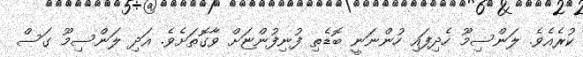
ކުރެެއެވެ. ލަންސިމޫ ހެދިފައި ހުންނަނީ ބޮޑެތި ފުނިފުންޏަށް ވާގޮތަށެވެ. އަދި ލަންސިމޫ ގަސް